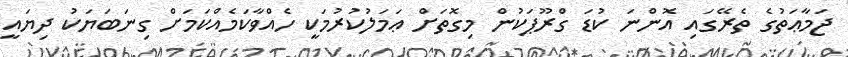
ޖަމާޢަތުގެ ތެރޭގައި އޮންނަ ކުޑަ ގްރޫޕަކުން މިގޮތަށް ޢަމަލުކުރުމަކީ ހެއްވާކަމެއްކަމަށް ގިނަބަޔަކު ދިޔައީ